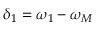
\delta _ { 1 } = \omega _ { 1 } - \omega _ { M }